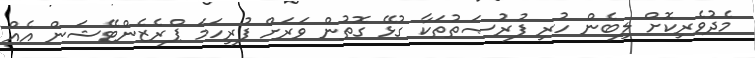
މެދުވެރިކޮށް ލިބެން ހުރި ފުރުޞަތުތަކާ ގުޅޭ ގޮތުން ވަރަށް ފުރިހަމަ ޕްރެޒެންޓޭޝަން އެއް